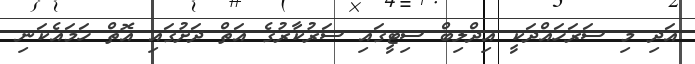
އަދި މި ސަރަހައްދަކީ އިދްލިބް ސިޓީގައި ސަރުކާރުގެ އަތް ދަށުގައި އޮތް ހަމައެކަނި